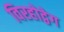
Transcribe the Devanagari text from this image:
विरहोद्वेग